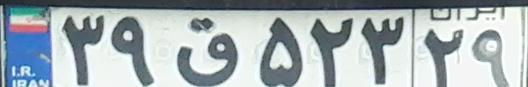
۳۹ق۵۲۳۲۹